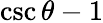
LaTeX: \csc\theta-1